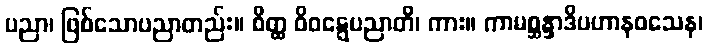
ပညာ၊ ဖြစ်သောပညာတည်း။ စိတ္ထ ဝိဝဋ္ဋေပညာတိ၊ ကား။ ကာမစ္ဆန္ဒာဒိပဟာနဝသေန၊